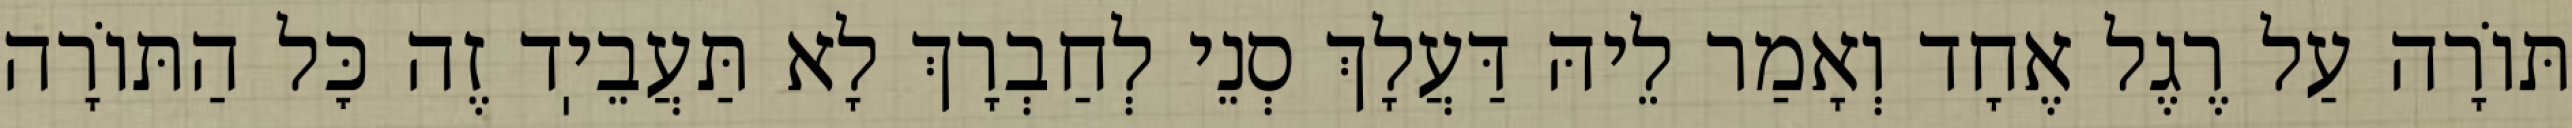
תּוֹרָה עַל רֶגֶל אֶחָד וְאָמַר לֵיהּ דַּעֲלָךְ סְנֵי לְחַבְרָךְ לָא תַּעֲבֵיֽד זֶה כׇּל הַתּוֹרָה